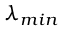
\lambda _ { m i n }